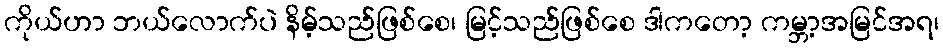
ကိုယ်ဟာ ဘယ်လောက်ပဲ နိမ့်သည်ဖြစ်စေ၊ မြင့်သည်ဖြစ်စေ ဒါကတော့ ကမ္ဘာ့အမြင်အရ၊